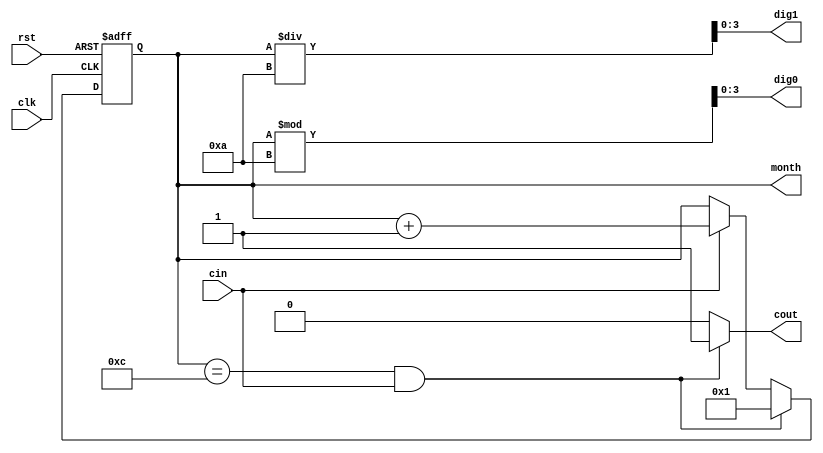
module month(
    clk, 
    rst,
    cin,
    cout,
    dig1,
    dig0,
    month
    );
    input clk, rst, cin;
    output reg cout;
    output [3:0]dig0, dig1;
    output reg [6:0]month;
    reg [6:0]month_nxt;
    always@*
        if (month==12&&cin) begin
            cout = 1;
            month_nxt=1;
            end
        else if (cin)begin
            cout = 0;
            month_nxt = month + 1;
            end
        else begin
            cout = 0;
            month_nxt = month;
            end
   always@(posedge clk or posedge rst)
            if (rst) month <= 1;
            else month <= month_nxt;
            
            
    assign dig0 = month%10;
    assign dig1 = month/10;
endmodule